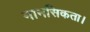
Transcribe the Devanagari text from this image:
मानसिकता।